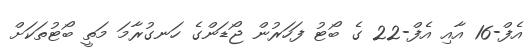
އެފް-16 އާއި އެފް-22 ގެ ބޯޓު ފަހަރުން ޖޯޑަންގެ ހަނގުރާމަ މަތީ ބޯޓުތަކަށް